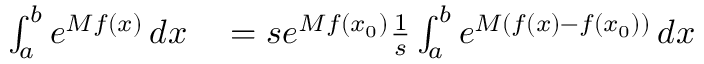
\begin{array} { r l } { \int _ { a } ^ { b } e ^ { M f ( x ) } \, d x } & { { } = s e ^ { M f ( x _ { 0 } ) } { \frac { 1 } { s } } \int _ { a } ^ { b } e ^ { M ( f ( x ) - f ( x _ { 0 } ) ) } \, d x } \end{array}